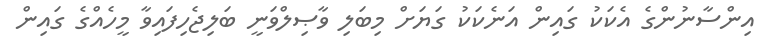
އިންސާނުންގެ އެކަކު ގައިން އަނެކަކު ގަޔަށް މިބަލި ވާޞިލްވަނީ ބަލިޖެހިފައިވާ މީހެއްގެ ގައިން